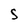
Character: 5